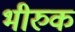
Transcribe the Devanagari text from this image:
भीरुक